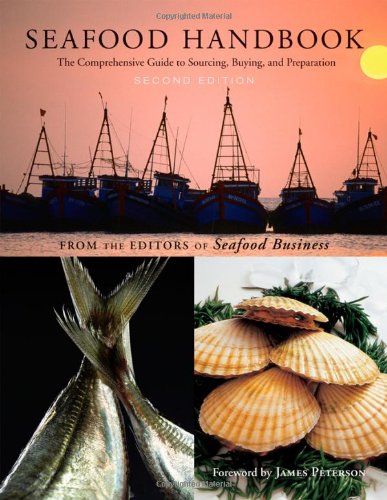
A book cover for Seafood Handbook: The Comprehensive Guide to Sourcing, Buying and Preparation; The Editors of Seafood Business; Cookbooks, Food & Wine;